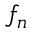
f _ { n }